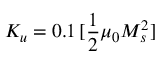
K _ { u } = 0 . 1 \, [ \frac { 1 } { 2 } \mu _ { 0 } M _ { s } ^ { 2 } ]